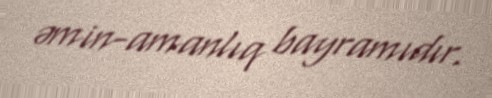
əmin-amanlıq bayramıdır.